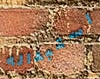
استبداله